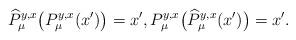
LaTeX: \begin{align*} \widehat{P}^{y,x}_\mu\big(P^{y,x}_\mu(x')\big)=x',P^{y,x}_\mu\big(\widehat{P}^{y,x}_\mu(x')\big)=x'.\end{align*}